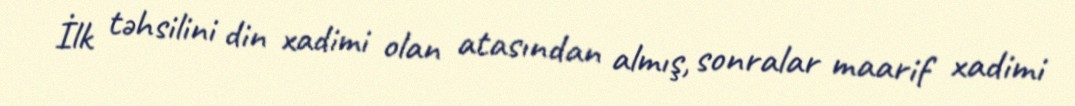
İlk təhsilini din xadimi olan atasından almış, sonralar maarif xadimi